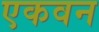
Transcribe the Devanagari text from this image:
एकवन